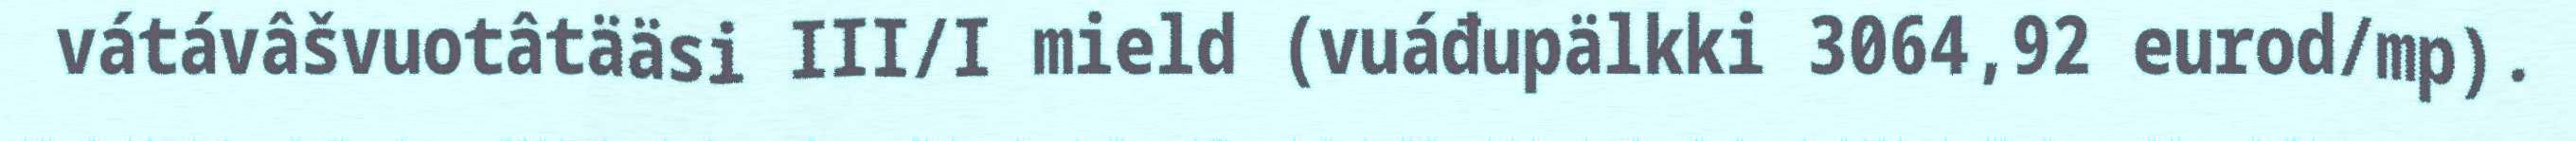
vátávâšvuotâtääsi III/I mield (vuáđupälkki 3064,92 eurod/mp).